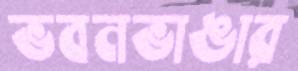
ভবনভাঙার